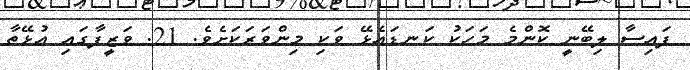
ފައިސާ ލިބޭނީ ކޮންމެ މަހަކު ކަނޑައެޅޭ ވަކި މިންވަރަކަށެވެ. 21. ވަޒީފާގައި އުޅޭތާ